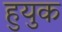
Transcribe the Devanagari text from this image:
हुयुक